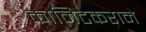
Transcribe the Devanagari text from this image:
कानिटकराने